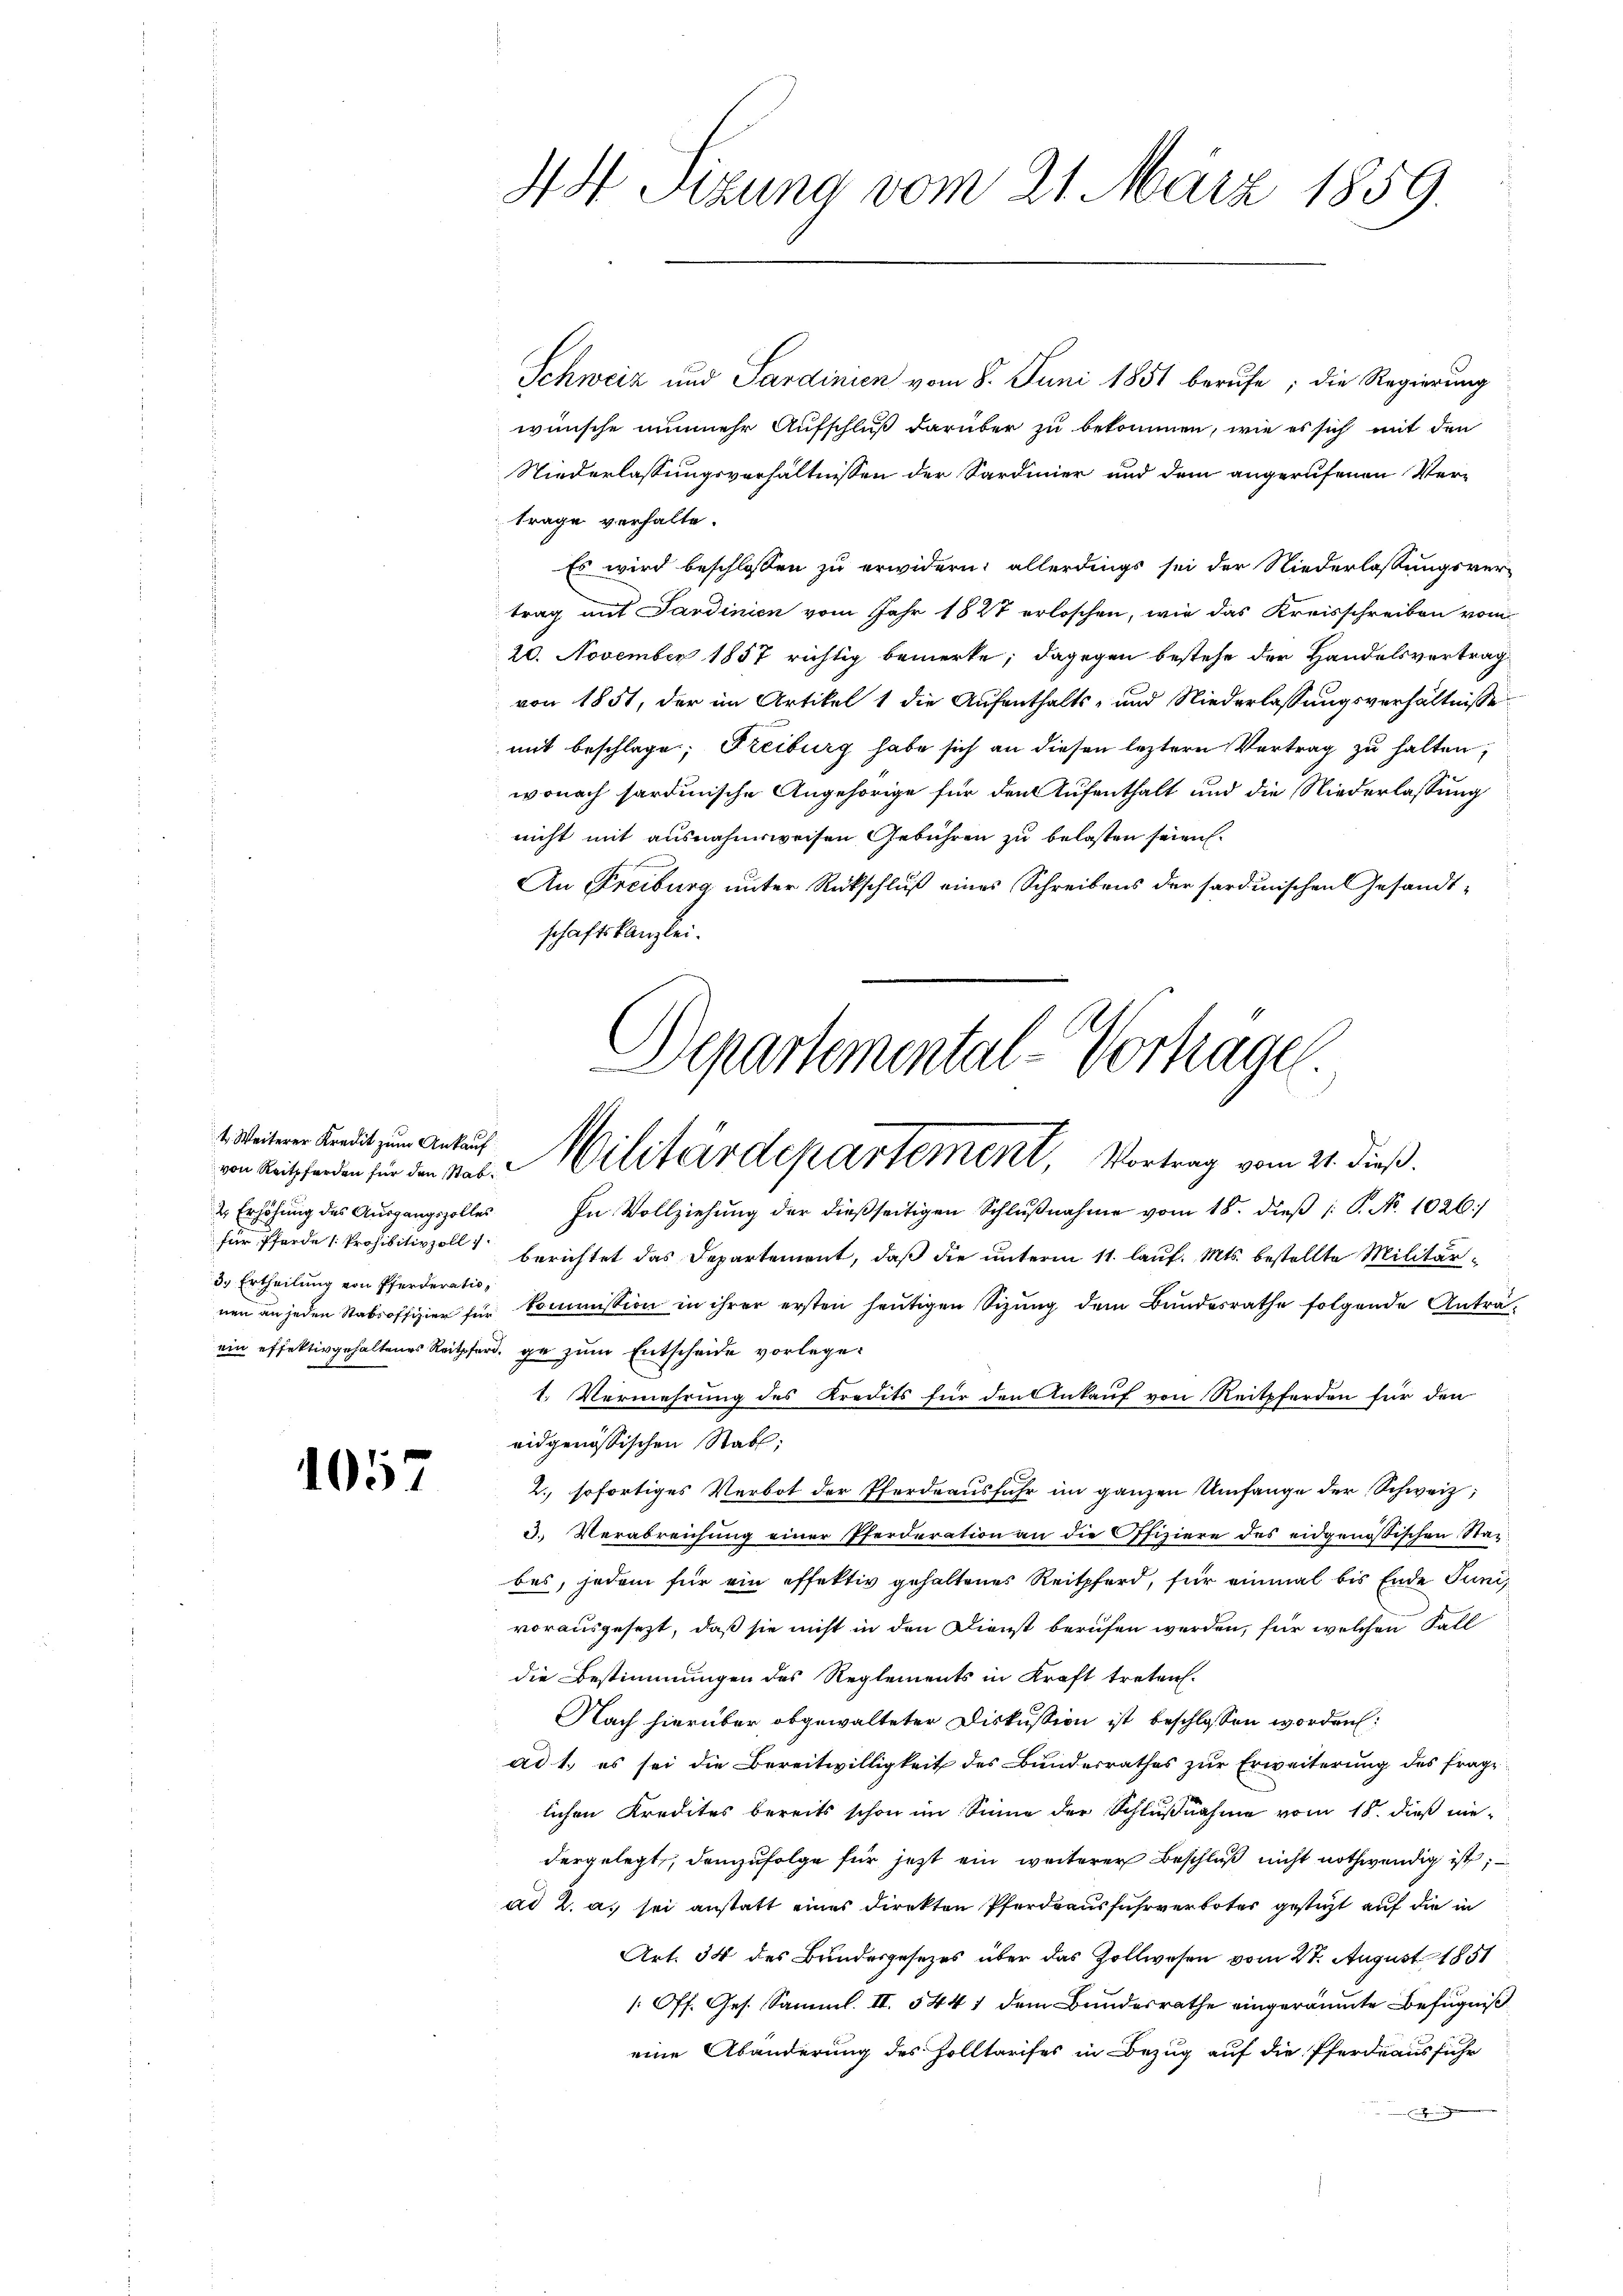
t. Weiterer Kredit zum Ankauf
für Pferde [Prohibitivzoll
3.) Ertheilung von Pferderatio¬

1057

Schweiz und Sardinien vom 8. Juni 1851 berufe; die Regierung
wünsche nunmehr Aufschluß darüber zu bekommen, wie es sich mit den
Niederlassungsverhältnissen der Sardinier und dem angerufenen Ver-
trage verhalte.
Es wird beschlossen zu erwidern; allerdings sei der Niederlassungsver-
trag mit Sardinien vom Jahr 1827 erloschen, wie das Kreisschreiben vom
20. November 1857 richtig bemerke; dagegen bestehe der Handelsvertrag
von 1851, der im Artikel 1 die Aufenthalts- und Niederlassungsverhältnisse
mit beschlage; Freiburg habe sich an diesen leztere Vertrag zu halten,
wonach sardinische Angehörige für den Aufenthalt und die Niederlassung
nicht mit ausnahmsweisen Gebühren zu belasten seien.
An Freiburg unter Rückschluß eines Schreibens der sardinischen Gesandtschaftskanzlei.

44 Sizung vom 21. März 1859.

Departemental-Vortrage
von Methoden in den viel. Vilitärdepartement, Vortrag vom 21. dieß.

2 Erhöhŭng des Aŭsgangszolles In Vollziehŭng der dießseitigen Schlŭβnahme vom 18. dieβ : P. No. 1026.)
berichtet das Departement, daß die unterm 11. lauf. Mts. bestellte Militärnen an jeden Stabsoffizier für Commission in ihrer ersten heutigen Sizung dem Bundesrathe folgende Anträein effektivgehaltenes Reitpferd, ge zum Entscheide vorlege.
1. Vermehrung des Kredits für den Ankauf von Reitpferden für den
eidgenössischen Stabl
2. sofortiges Verbot der Pferdrausfuhr im ganzen Umfange der Schweiz,
3. Verabreichung einer Pferderation an die Offiziere des eidgenössischen Stabes, jedem für ein effektiv gehaltenes Reitpferd, für einmal bis Ende Juni
vorausgesezt, daß sie nicht in den Dienst berufen werden, für welchen Fall
die Bestimmungen des Reglements in Kraft treten.
Nach hierüber obgewalteter Diskussion ist beschlossen worden:
ad 1. es sei die Bereitwilligkeit des Bundesrathes zur Erweiterung des frage
lichen Kredites bereits schon im Sinne der Schlußnahme vom 18. dieß niedergelegt, demzufolge für jetzt ein weiterer Beschluß nicht nothwendig ist;
ad 2. a, sei anstatt eines Direkten Pferdrausfuhrverbotes gesteht auf die in
Art. 34 des Bundesgesezes über das Zollwesen vom 28. August 1851
/: Off. Ges. Samml. II. 5441 dem Bundesrathe eingeräumte Befugniß
eine Abänderung des Holltarises in Bezug auf die Pferdeaussiche
.